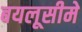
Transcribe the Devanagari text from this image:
बयलूसीमे